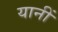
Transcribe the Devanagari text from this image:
यानीं